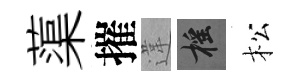
蕖摧違摇松